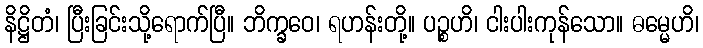
နိဋ္ဌိတံ၊ ပြီးခြင်းသို့ရောက်ပြီ။ ဘိက္ခဝေ၊ ရဟန်းတို့။ ပဉ္စဟိ၊ ငါးပါးကုန်သော။ ဓမ္မေဟိ၊